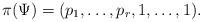
LaTeX: \begin{align*} \pi(\Psi) = (p_1,\dots,p_r,1,\dots,1). \end{align*}